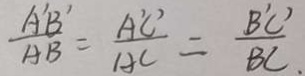
\frac { A ^ { \prime } B ^ { \prime } } { A B } = \frac { A ^ { \prime } C ^ { \prime } } { A C } = \frac { B ^ { \prime } C ^ { \prime } } { B C } _ { . }